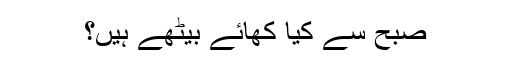
صبح سے کیا کھائے بیٹھے ہیں؟